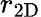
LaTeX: r_{\mathrm{2D}}